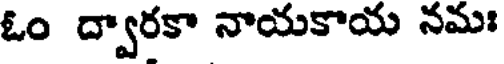
ఓం ద్వారకా నాయకాయ నమః